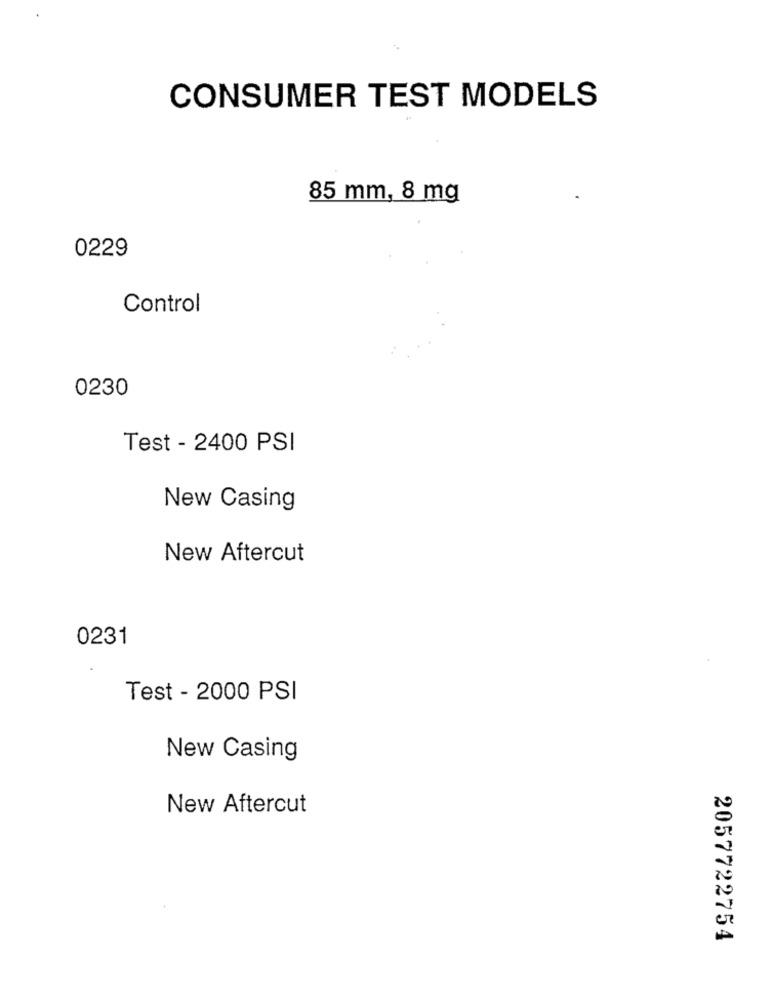
CONSUMER TEST MODELS
85 mm, 8 mg
0229
Control
0230
Test - 2400 PSI
New Casing
New Aftercut
0231
Test - 2000 PSI
New Casing
New Aftercut
2057722754